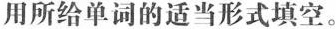
用所给单词的适当形式填空.